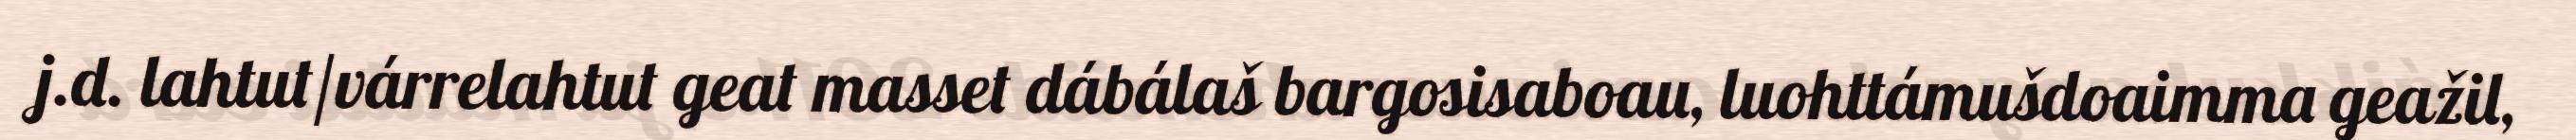
j.d. lahtut/várrelahtut geat masset dábálaš bargosisaboau, luohttámušdoaimma geažil,